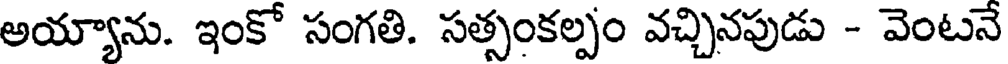
అయ్యాను. ఇంకో సంగతి. సత్సంకల్పం వచ్చినపుడు - వెంటనే